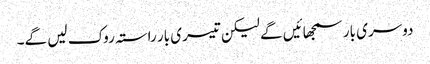
دوسری بار سمجھائیں گے لیکن تیسری بار راستہ روک لیں گے۔